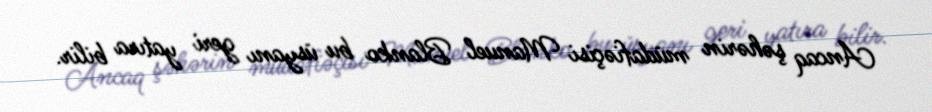
Ancaq şəhərin müdafiəçisi Manuel Blanko bu üsyanı geri yatıra bilir.